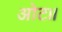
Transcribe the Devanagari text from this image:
ओट॥